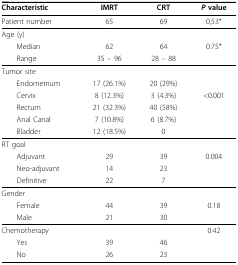
<table><thead><tr><td><b>Characteristic</b></td><td><b>IMRT</b></td><td><b>CRT</b></td><td><b><i>P </i>value</b></td></tr></thead><tbody><tr><td>Patient number</td><td>65</td><td>69</td><td>0,53*</td></tr><tr><td>Age (y)</td><td></td><td></td><td></td></tr><tr><td> Median</td><td>62</td><td>64</td><td>0.75*</td></tr><tr><td> Range</td><td>35 - 96</td><td>28 - 88</td><td></td></tr><tr><td>Tumor site</td><td></td><td></td><td></td></tr><tr><td> Endometrium</td><td>17 (26.1%)</td><td>20 (29%)</td><td></td></tr><tr><td> Cervix</td><td>8 (12.3%)</td><td>3 (4.3%)</td><td>&lt;0.001</td></tr><tr><td> Rectum</td><td>21 (32.3%)</td><td>40 (58%)</td><td></td></tr><tr><td> Anal Canal</td><td>7 (10.8%)</td><td>6 (8.7%)</td><td></td></tr><tr><td> Bladder</td><td>12 (18.5%)</td><td>0</td><td></td></tr><tr><td>RT goal</td><td></td><td></td><td></td></tr><tr><td> Adjuvant</td><td>29</td><td>39</td><td>0.004</td></tr><tr><td> Neo-adjuvant</td><td>14</td><td>23</td><td></td></tr><tr><td> Definitive</td><td>22</td><td>7</td><td></td></tr><tr><td>Gender</td><td></td><td></td><td></td></tr><tr><td> Female</td><td>44</td><td>39</td><td>0.18</td></tr><tr><td> Male</td><td>21</td><td>30</td><td></td></tr><tr><td>Chemotherapy</td><td></td><td></td><td>0.42</td></tr><tr><td> Yes</td><td>39</td><td>46</td><td></td></tr><tr><td> No</td><td>26</td><td>23</td><td></td></tr></tbody></table>